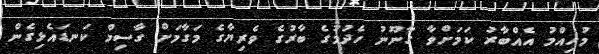
މުހިއްމު އެއްބާރު ކަމަށްވާ ގާނޫނު ހެދުމުގެ ބާރުގެ ވެރިޔާގެ މަގާމަށް ގާސިމް ކަނޑައެޅިގެން